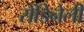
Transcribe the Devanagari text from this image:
रोंडिनेली